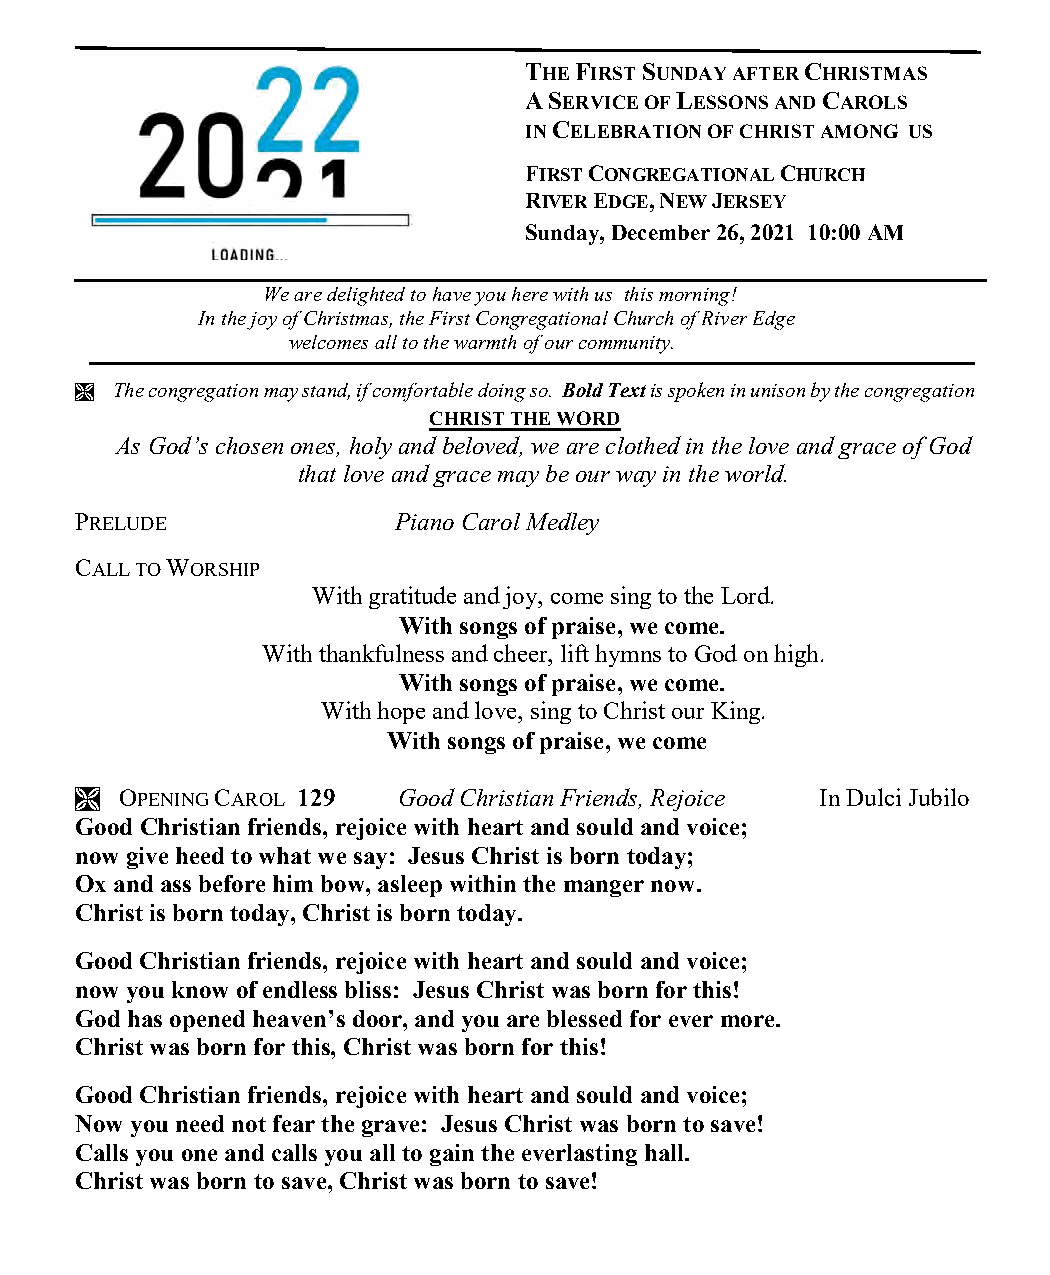
THE FIRST SUNDAY AFTER CHRISTMAS
 A SERVICE OF LESSONS AND CAROLS
 IN CELEBRATION OF CHRIST AMONG US
 FIRST CONGREGATIONAL CHURCH
 RIVER EDGE, NEW JERSEY
 Sunday, December 26, 2021 10:00 AM
 We are delighted to have you here with us this morning!
 In the joy of Christmas, the First Congregational Church of River Edge
 welcomes all to the warmth of our community.
  The congregation may stand, if comfortable doing so. Bold Text is spoken in unison by the congregation
 CHRIST THE WORD
 As God’s chosen ones, holy and beloved, we are clothed in the love and grace of God
 that love and grace may be our way in the world.
 PRELUDE              Piano Carol Medley
 CALL TO WORSHIP
 With gratitude and joy, come sing to the Lord.
 With songs of praise, we come.
 With thankfulness and cheer, lift hymns to God on high.
 With songs of praise, we come.
 With hope and love, sing to Christ our King.
 With songs of praise, we come
   OPENING CAROL 129 Good Christian Friends, Rejoice In Dulci Jubilo
 Good Christian friends, rejoice with heart and sould and voice;
 now give heed to what we say: Jesus Christ is born today;
 Ox and ass before him bow, asleep within the manger now.
 Christ is born today, Christ is born today.
 Good Christian friends, rejoice with heart and sould and voice;
 now you know of endless bliss: Jesus Christ was born for this!
 God has opened heaven’s door, and you are blessed for ever more.
 Christ was born for this, Christ was born for this!
 Good Christian friends, rejoice with heart and sould and voice;
 Now you need not fear the grave: Jesus Christ was born to save!
 Calls you one and calls you all to gain the everlasting hall.
 Christ was born to save, Christ was born to save!